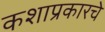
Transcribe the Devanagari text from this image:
कशाप्रकारचे